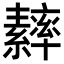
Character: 𦆾